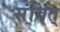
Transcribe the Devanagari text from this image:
संवित्